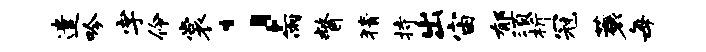
遣吟字伶裳；雨瞥猜持出宙郁须析冠蓑每